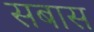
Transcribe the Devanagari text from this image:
सबास